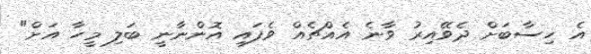
އެ ހިސާބަށް ދެވޭއިރު ވާނެ އެއްޗެއް ވެފައި އޮންނާނީ ބަލި މީހާ އަށް"